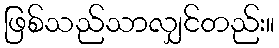
ဖြစ်သည်သာလျှင်တည်း။